Vital statistics of India. Vol. V, Reports of 1876 on armies & jails and on epidemic cholera
Year: 1876
Disease focus: Cholera
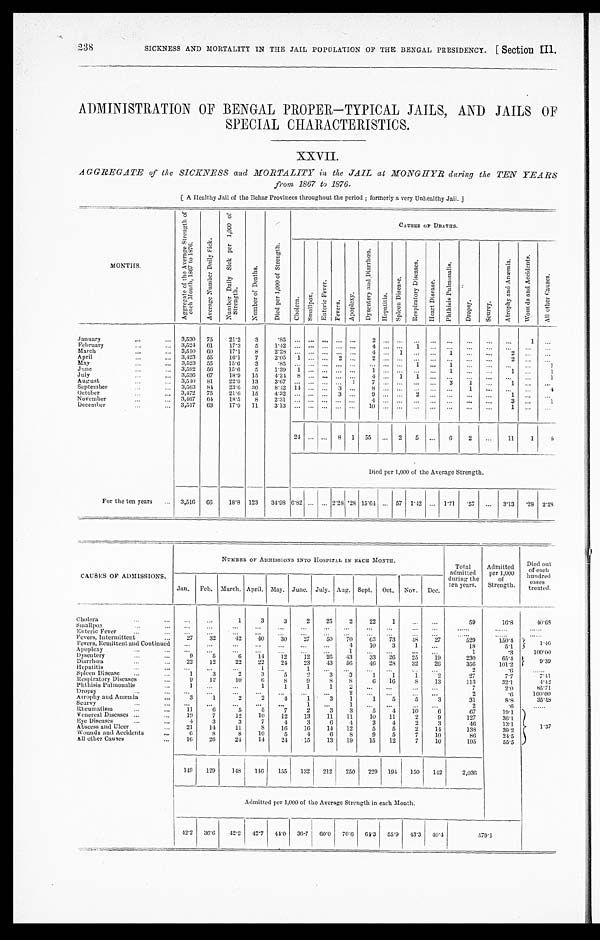
ADMINISTRATION OF BENGAL PROPER—TYPICAL JAILS, AND JAILS OF
SPECIAL CHARACTERISTICS.
XXVII.
AGGREGATE of the SICKNESS and MORTALITY in the JAIL at MONGHYR during the TEN YEARS
from 1867 to 1876.
[A Healthy Jail of the Debar Provinces throughout the period; formerly a very Unhealthy Jail.]
M O N T H S .
A g g r e g a t e o f t h e A v e r a g e S t r e n g t h o f e a c h M o n t h , 1 8 6 7 t o 1 8 7 6 .
A v e r a g e N u m b e r D a i l y S i c k .
N u m b e r D a i l y S i c k p e r 1 , 0 0 0 o f S t r e n g t h .
N u m b e r o f D e a t h s .
D i e d p e r 1 , 0 0 0 o f S t r e n g t h .
C A U S E S O F D E A T H S .
C h o l e r a .
S m a l l p o x .
E n t e r i c F e v e r . F e v e r s .
A p o p l e x y .
D y s e n t e r y a n d D i a r r h œ a .
H e p a t i t i s .
S p l e e n D i s e a s e .
R e s p i r a t o r y D i s e a s e s .
H e a r t D i s e a s e .
P h t h i s i s P u l m o n a l i s .
D r o p s y .
s e u r v y .
A t r o p h y a n d A n æ m i a .
W o u n d s a n d A c c i d e n t s .
A l l o t h e r C a u s e s .
January
3 , 5 3 0
7 5
2 1 · 2
3
· 8 5
. . . . . . . . . . . . . . . 2
. . . . . .
. . .
. . . . . .
. . .
. . .
. . .
1 . . .
F e b r u a r y
3 , 5 2 4
6 1
1 7 · 3
5 1 · 4 2
. . . . . . . . .
. . . . . . 4
. . . . . . 1
. . . . . .
. . .
. . .
. . .
. . .
. . .
March
3 , 5 1 0
6 0
1 7 · 1
8 2 · 2 8
. . . . . .
. . . . . . . . .
4 . . .
1 . . .
. . .
1 . . .
. . .
2 . . .
. . .
A p r i l
3 , 4 2 3
5 5
1 6 · 1
7
2 · 0 5
1 . . . . . .
2 . . . 2
. . . . . . . . .
. . .
. . . . . .
. . .
2 . . .
. . .
May
3 , 5 2 3
5 5
1 5 · 6
3
· 8 5
. . . . . . . . . . . . . . .
. . . . . . . . . 1
. . .
1 . . .
. . .
. .
. . . 1
June
3 , 5 9 2
5 6
1 5 · 6
5 1 · 3 9
1 . . . . . . . . . . . . 1
. . . . . . . . .
. . .
1
. . . . . .
1
. . .
1
July
3 , 5 3 6
6 7
1 8 · 9
1 5 4 · 2 4
8 . . . . . . . . . . . . 4
. . . 1 1
. . . . . .
. . .
. . .
. . .
. . .
1
August
3 , 5 4 0
8 1
2 2 · 9
1 3
3 · 6 7
. . . . . . . . . . . . 1 7
. . . . . . . . .
. . . 3
1 . . .
1 . . .
. . .
September
3 , 5 6 3
8 4
2 3 · 6
3 0
8 · 4 2
1 4 . . . . . .
3 . . . 8
. . . . . . . . .
. . .
. . . 1
. . .
. . .
. . .
4
October
3 , 4 7 2
7 5
2 1 · 6
1 5
4 · 3 2
. . . . . . . . .
3 . . .
9 . . . . . .
2 . . .
. . .
. . .
. . . 1
. . .
. . .
November
3 , 4 6 7
6 4
1 8 · 5
8
2 · 3 1
. . . . . .
. . . . . . . . . 4
. . . . . .
. . .
. . .
. . .
. . .
. . .
3 . . .
1
December
3 , 5 1 7
6 3
1 7 · 9
1 1 3 · 1 3
. . . . . . . . . . . . . . . 1 0
. . . . . . . . .
. . . . . .
. . .
. . .
1
. . .
. . .
2 4 . . . . . .
8 1 5 5
. . .
2
5 . . .
6
2 . . .
1 1
1
8
Died per 1,000 of the Average Strength.
F o r t h e t e n y e a r s
3 , 5 1 6
6 6
1 8 · 8
1 2 3
3 4 · 9 8
6 · 8 2
. . . . . . 2 · 2 8 · 2 8 1 5 · 6 4
. . .
5 7 1 · 4 2
. . . 1 · 7 1
· 5 7
. . .
3 · 1 3
· 2 8
2 · 2 8
CAUSES OF ADMISSIONS.
NUMBER OF ADMISSIONS INTO HOSPITAL IN EACH MONTH.
T o t a l a d m i t t e d d u r i n g t h e t e n y e a r s .
A d m i t t e d p e r 1 , 0 0 0 o f S t r e n g t h .
D i e d o u t o f e a c h h u n d r e d c a s e s t r e a t e d .
J a n .
F e b .
M a r c h .
A p r i l .
M a y .
J u n e .
J u l y .
A u g .
S e p t .
O c t .
N o v .
D e c .
Cholera
. . .
. . .
1
3
3
2
2 5
2
2 2
1
. . .
. . .
5 9
1 6 · 8
4 0 · 6 8
Smallpox
. . .
. . .
. . .
. . .
. . .
. . . . . .
. . .
. . .
. . .
. . .
. . .
. . . . . .
. . . . . .
......
Enteric Fever
. . .
. . .
. . .
. . .
. . .
. . .
. . .
. . .
. . .
. . .
. . .
. . .
. . . . .
. . . . . .
......
Fevers, Intermittent
2 7
3 2
4 2
4 0
3 0
2 7
5 0
7 0
6 3
7 3
4 8
2 7
5 2 9
1 5 0 · 4
1 · 4 6
Fevers, Remittent and Continued
. . .
. . .
. . .
. . . . . .
. . .
. . .
4
1 0
3
1
. . .
1 8
5 · 1
Apoplexy
. . .
. . . . . .
. . . . . .
. . .
. . .
1 . . .
. . .
. . .
. . .
1
· 3
1 0 0 · 0 0
Dysentery
9
5
6
1 4
1 2
1 2
2 6
4 3
3 3
2 6
2 5
1 9
2 3 0
6 5 · 4
9 · 3 9
Diarrhœa
2 2
1 2
2 2
2 2
2 4
2 3
4 3
5 6
4 6
2 8
3 2
2 6
3 5 6
1 0 1 · 2
Hepatitis
. . .
. . .
. . . 1
. . . 1
. . .
. . .
. . .
. . .
. . .
. . .
2
· 6
. . . . . .
Spleen Disease
1
3
2
3
5
2
3
3
1
1
1
2
2 7
7 · 7
7 · 4 1
Respiratory Diseases
9
1 2
1 0
6
8
9
8
8
6
1 6
8
1 3
1 1 3
3 2 · 1
4 · 4 2
Phthisis Pulmonalis
1
. . . . . .
1
1
1
1 2
. . .
. . .
. . .
. . .
7
2 · 0
8 5 · 7 1
Dropsy
. . .
. . .
. . .
. . . . . .
. . .
. . .
2 . . .
. . .
. . .
. . .
2
· 6
1 0 0 · 0 0
Atrophy and Anæmia
3
1
2
2
4
1
3
1
1
5
5
3
3 1
8 · 8
3 5 · 4 8
Seurvy
. . .
. . .
. . .
. . .
. . .
1
. . . 1
. . .
. . .
. . .
. . .
2
· 6
. . . . . .
Rheumatism
1 1
6
5
5
7
2
3
1
1
5
5
3
6 7
1 9 · 1
1 · 3 7
Ve n e r e a l Di s e a s e s
1 9
7
1 2
1 0
1 2
1 3
1 1
1 1
1 0
1 1
2
9
1 2 7
3 6 · 1
Eye Di seases
4
3
3
7
4
3
6
4
3
4
2
3
4 6
1 3 · 1
A b s c e s s a n d U l c e r
2 1
1 4
1 1
8
1 6
1 6
1 4
1 2
5
5
2
1 4
1 3 8
3 9 · 2
Wounds and Accidents
6
8
8
1 0
5
4
6
8
9
5
7
1 0
8 6
2 4 · 5
A l l o t h e r C a u s e s
1 6
2 6
2 4
1 4
2 4
1 5
1 3
1 9
1 5
1 2
7
1 0
1 9 5
5 5 · 5
1 4 9
1 2 9
1 4 8
1 4 6
1 5 5
1 3 2
2 1 2
2 5 0
2 2 9
1 9 4
1 5 0
1 4 2
2 , 0 3 6
Admitted per 1,000 of the Average Strength in each Month.
4 2 · 2
3 6 · 6
4 2 · 2
4 2 · 7
4 4 · 0
3 6 · 7
6 0 · 0
7 0 · 6
6 4 · 3
5 5 · 9
4 3 · 3
4 0 · 4
5 7 9 · 1